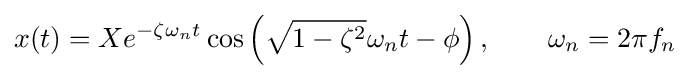
x(t)=Xe^{-\zeta \omega _{n}t}\cos \left({\sqrt {1-\zeta ^{2}}}\omega _{n}t-\phi \right),\qquad \omega _{n}=2\pi f_{n}